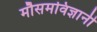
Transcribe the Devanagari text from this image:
मौसमविज्ञानी